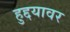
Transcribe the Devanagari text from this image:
हुद्दयावर